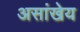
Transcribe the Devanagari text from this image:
असांखेय